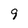
Character: 9